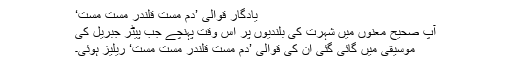
یادگار قوالی ’دم مست قلندر مست مست‘
آپ صحیح معنوں میں شہرت کی بلندیوں پر اس وقت پہنچے جب پیٹر جبریل کی
موسیقی میں گائی گئی ان کی قوالی ’دم مست قلندر مست مست‘ ریلیز ہوئی۔